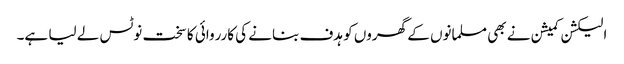
الیکشن کمیشن نے بھی مسلمانوں کے گھروں کو ہدف بنانے کی کارروائی کا سخت نوٹس لے لیا ہے۔